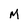
Character: M